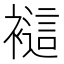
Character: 𲁁